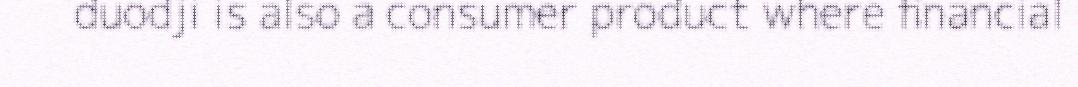
duodji is also a consumer product where financial